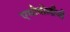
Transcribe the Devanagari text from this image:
एथोनोलौजी